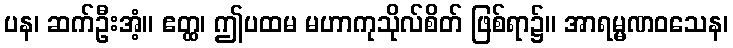
ပန၊ ဆက်ဦးအံ့။ ဧတ္ထ၊ ဤပထမ မဟာကုသိုလ်စိတ် ဖြစ်ရာ၌။ အာရမ္မဏဝသေန၊